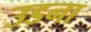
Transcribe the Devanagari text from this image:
उडना